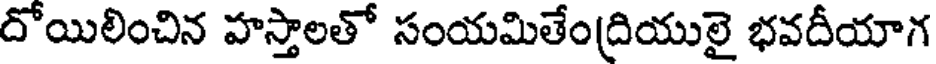
దోయిలించిన హస్తాలతో సంయమితేంద్రియులై భవదీయాగ